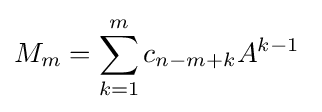
M_{m}=\sum _{k=1}^{m}c_{n-m+k}A^{k-1}~